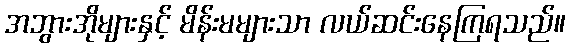
အဘွားအိုများနှင့် မိန်းမများသာ လယ်ဆင်းနေကြရသည်။